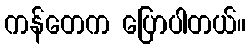
ကန်တေက ပြောပါတယ်။